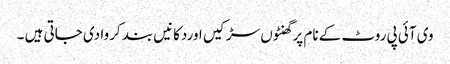
وی آئی پی روٹ کے نام پر گھنٹوں سڑکیں اوردکانیں بند کروا دی جاتی ہیں ۔